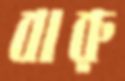
বারু